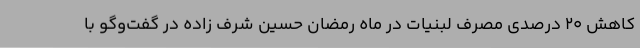
کاهش ‌20 درصدی مصرف لبنیات در ماه رمضان حسین شرف زاده در گفت‌وگو با